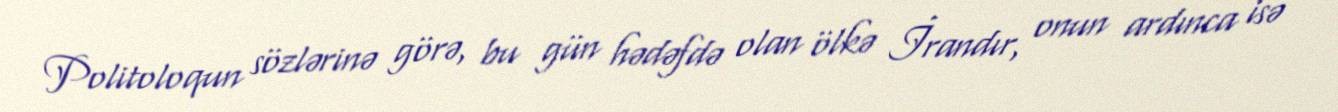
Politoloqun sözlərinə görə, bu gün hədəfdə olan ölkə İrandır, onun ardınca isə